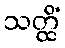
သတ္ထိံ